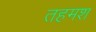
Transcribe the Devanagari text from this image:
तहमश